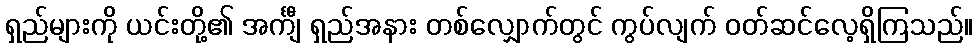
ရှည်များကို ယင်းတို့၏ အင်္ကျီ ရှည်အနား တစ်လျှောက်တွင် ကွပ်လျက် ဝတ်ဆင်လေ့ရှိကြသည်။